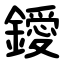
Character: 鑀